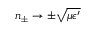
n _ { \pm } \rightarrow \pm \sqrt { \mu \epsilon ^ { \prime } }